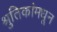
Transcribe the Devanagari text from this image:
श्रुतिकांमधून